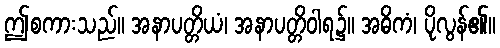
ဤစကားသည်။ အနာပတ္တိယံ၊ အနာပတ္တိဝါရ၌။ အဓိကံ၊ ပိုလွန်၏။